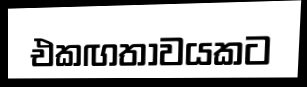
එකඟතාවයකට